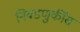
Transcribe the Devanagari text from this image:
निवडणुकींस